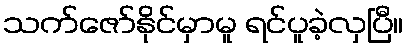
သက်ဇော်နိုင်မှာမူ ရင်ပူခဲ့လှပြီ။